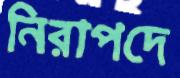
নিরাপদে